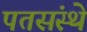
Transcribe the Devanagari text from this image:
पतसंस्थे